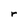
Character: r